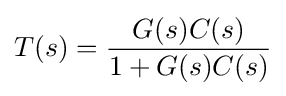
T(s)={\frac {G(s)C(s)}{1+G(s)C(s)}}